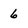
Character: 6